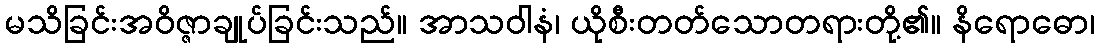
မသိခြင်းအဝိဇ္ဇာချုပ်ခြင်းသည်။ အာသဝါနံ၊ ယိုစီးတတ်သောတရားတို့၏။ နိရောဓော၊